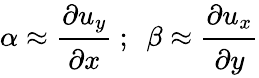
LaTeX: \alpha\approx{\cfrac{\partial u_{y}}{\partial x}}~;~~\beta\approx{\cfrac{\partial u_{x}}{\partial y}}